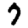
Digit: 7